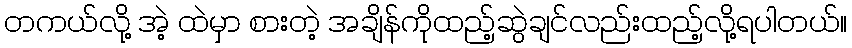
တကယ်လို့ အဲ့ ထဲမှာ စားတဲ့ အချိန်ကိုထည့်ဆွဲချင်လည်းထည့်လို့ရပါတယ်။